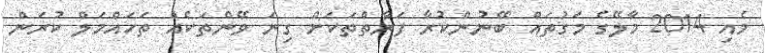
މެއި 2014 މާލޭގެ މަގުތައް ބޭނުންކުރާ ފަރާތްތަކަށް ގިނަ ވޭންތަކެއް ތަހައްމަލް ކުރަން